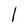
Character: 1